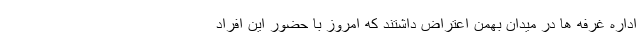
اداره غرفه ها در میدان بهمن اعتراض داشتند که امروز با حضور این افراد